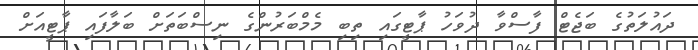
ދައުލަތުގެ ބަޖެޓް ފާސްވާ ދުވަހު ޕާޓީގައި ތިބި މެމްބަރުންގެ ނިސްބަތަށް ބަލާފައި ޕާޓީއަށް